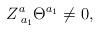
LaTeX: \begin{align*}Z_{\;a_1}^a\Theta ^{a_1}\neq 0,\end{align*}